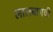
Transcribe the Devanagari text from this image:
लालबागची